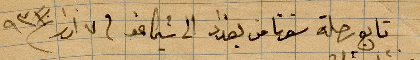
تابع رحلة سفرنا من بغداد الى شيكاغوا في ٧ آذار ١٩٣١